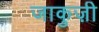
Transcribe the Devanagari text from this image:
जाकुज़ी